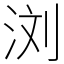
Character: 浏